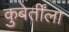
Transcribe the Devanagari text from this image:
कुबेर्तींला